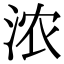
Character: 浓